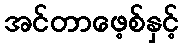
အင်တာဖေ့စ်နှင့်